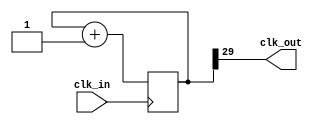
module prescaler(input wire clk_in, output wire clk_out);
  parameter BITS = 30;

  reg [BITS-1:0] count = 0;

  assign clk_out = count[BITS-1];

  always @ ( posedge(clk_in) ) begin
    count <= count + 1;
  end
endmodule


module four_bit_counter(input wire clk_in, output reg [3:0] data = 0);
  parameter BITS = 22;

  wire clk_pres;

  prescaler #(.BITS(BITS))
    pres1(
      .clk_in(clk_in),
      .clk_out(clk_pres)
      );

  always @ ( posedge(clk_pres) ) begin
    data <= data + 1;
  end

endmodule